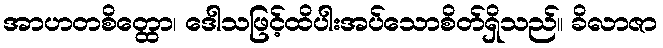
အာဟတစိတ္ထော၊ ဒေါသဖြင့်ထိပါးအပ်သောစိတ်ရှိသည်။ ခိလာဇာ